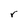
Character: r